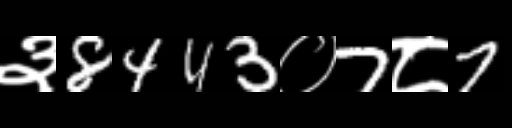
Text: ३8443०7८7